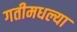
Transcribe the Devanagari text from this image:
गतीमधल्या